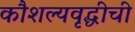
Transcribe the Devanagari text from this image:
कौशल्यवृद्धीची